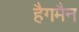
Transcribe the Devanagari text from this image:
हैगमैन